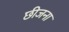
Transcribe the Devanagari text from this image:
छीजना